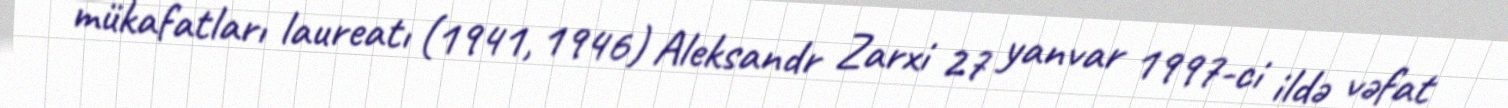
mükafatları laureatı (1941, 1946) Aleksandr Zarxi 27 yanvar 1997-ci ildə vəfat